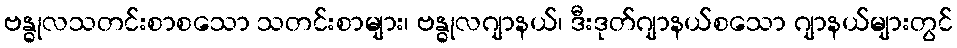
ဗန္ဓုလသတင်းစာစသော သတင်းစာများ၊ ဗန္ဓုလဂျာနယ်၊ ဒီးဒုတ်ဂျာနယ်စသော ဂျာနယ်များတွင်